Standardisation of Calmette's anti-venomous serum with pure cobra venom - Number 1
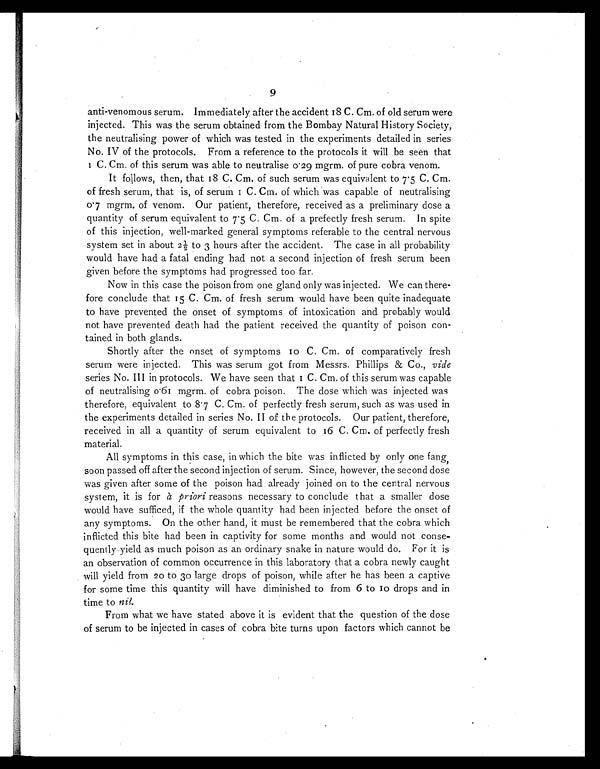
9
anti-venomous serum. Immediately after the accident 18 C. Cm. of old serum were
injected. This was the serum obtained from the Bombay Natural History Society,
the neutralising power of which was tested in the experiments detailed in series
No. IV of the protocols. From a reference to the protocols it will be seen that
1 C. Cm. of this serum was able to neutralise 0·29 mgrm. of pure cobra venom.
It follows, then, that 18 C. Cm. of such serum was equivalent to 75 C. Cm.
of fresh serum, that is, of serum 1 C. Cm. of which was capable of neutralising
0 ·7 mgrm. of venom. Our patient, therefore, received as a preliminary dose a
quantity of serum equivalent to 7·5 C. Cm. of a prefectly fresh serum. In spite
of this injection, well-marked general symptoms referable to the central nervous
system set in about 21/2 to 3 hours after the accident. The case in all probability
would have had a fatal ending had not a second injection of fresh serum been
given before the symptoms had progressed too far.
Now in this case the poison from one gland only was injected. We can there-
fore conclude that 15 C. Cm. of fresh serum would have been quite inadequate
to have prevented the onset of symptoms of intoxication and probably would
not have prevented death had the patient received the quantity of poison con-
tained in both glands.
Shortly after the onset of symptoms 10 C. Cm. of comparatively fresh
serum were injected. This was serum got from Messrs. Phillips & Co., vide
series No. III in protocols. We have seen that 1 C. Cm. of this serum was capable
of neutralising 0·61 mgrm. of cobra poison. The dose which was injected was
therefore, equivalent to 8 . 7 C. Cm. of perfectly fresh serum, such as was used in
the experiments detailed in series No. II of the protocols. Our patient, therefore,
received in all a quantity of serum equivalent to 16 C. Cm. of perfectly fresh
material.
All symptoms in this case, in which the bite was inflicted by only one fang,
soon passed off after the second injection of serum. Since, however, the second dose
was given after some of the poison had already joined on to the central nervous
system, it is for à priori reasons necessary to conclude that a smaller dose
would have sufficed, if the whole quantity had been injected before the onset of
any symptoms. On the other hand, it must be remembered that the cobra which
inflicted this bite had been in captivity for some months and would not conse-
quently yield as much poison as an ordinary snake in nature would do. For it is
an observation of common occurrence in this laboratory that a cobra newly caught
will yield from 20 to 30 large drops of poison, while after he has been a captive
for some time this quantity will have diminished to from 6 to 10 drops and in
time to nil.
From what we have stated above it is evident that the question of the dose
of serum to be injected in cases of cobra bite turns upon factors which cannot be